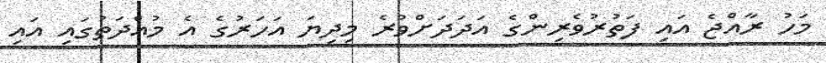
މަހު ރާއްޖެ އައި ފަތުރުވެރިންގެ އަދަދަށްވުރެ މިދިޔަ އަހަރުގެ އެ މުއްދަތުގައި އައި